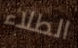
الطلاء